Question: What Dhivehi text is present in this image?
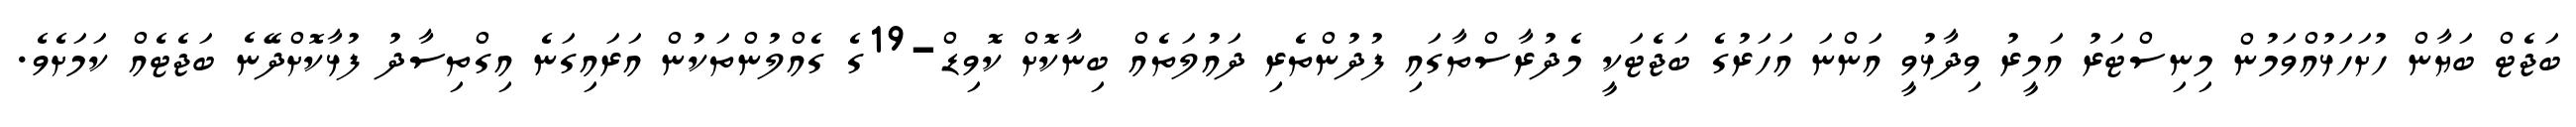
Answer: ބަޖެޓް ބަޔާން ހުށަހަޅުއްވަމުން މިނިސްޓަރު އަމީރު ވިދާޅުވީ އަންނަ އަހަރުގެ ބަޖެޓަކީ މެދުރާސްތާގައި ފުދުންތެރި ދައުލަތެއް ބިނާކޮށް ކޮވިޑް-19ގެ ގެއްލުންތަކުން އަރައިގަނެ އިގްތިސާދު ފުޅާކޮށްދޭނެ ބަޖެޓެއް ކަމަށެވެ.